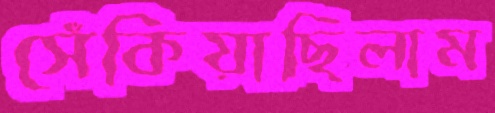
সেঁকিয়াছিলাম